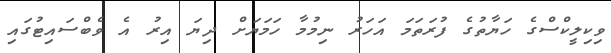
ވިކިލީކްސްގެ ހަޔާތުގެ ފުރަތަމަ އަހަރު ނިމުމާ ހަމަޔަށް ދިޔަ އިރު އެ ވެބްސައިޓުގައި